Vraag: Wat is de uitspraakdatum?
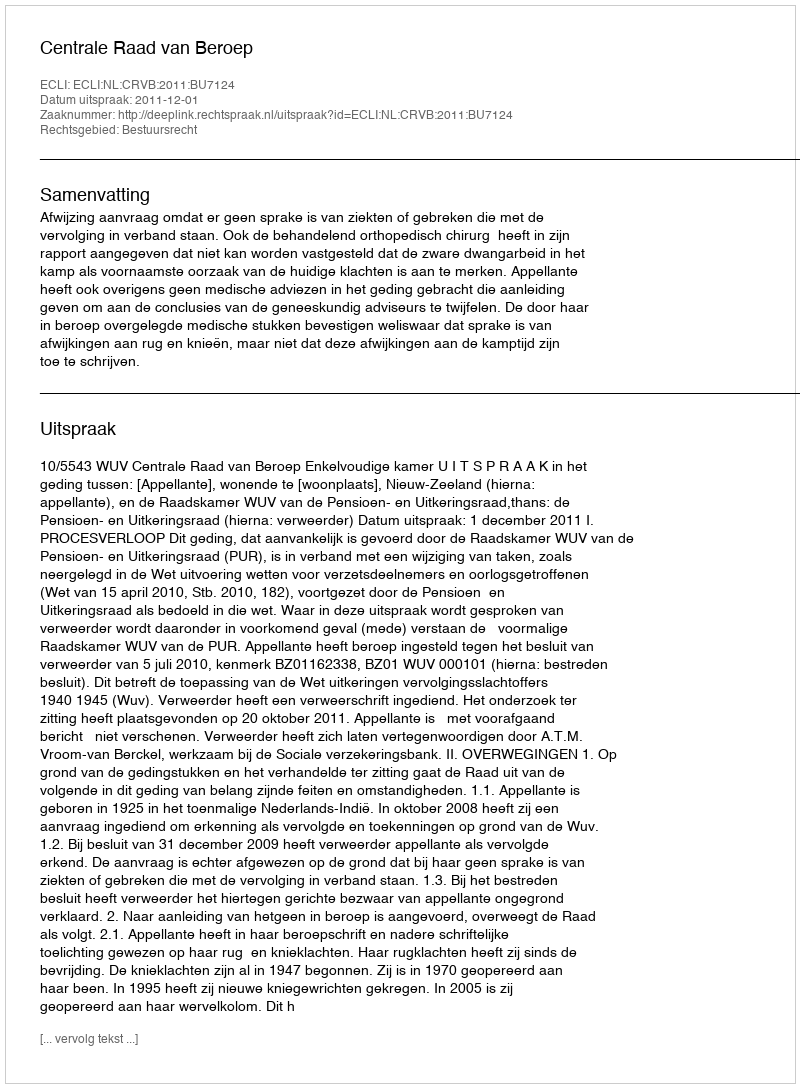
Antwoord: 2011-12-01